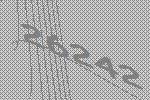
26242